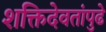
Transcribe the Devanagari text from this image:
शक्तिदेवतांपुढे